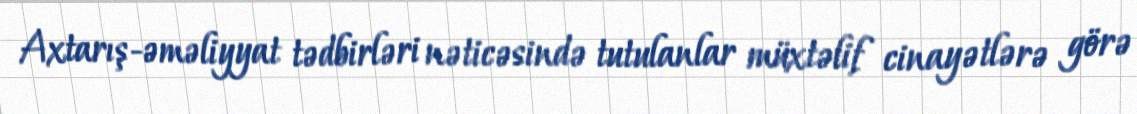
Axtarış-əməliyyat tədbirləri nəticəsində tutulanlar müxtəlif cinayətlərə görə